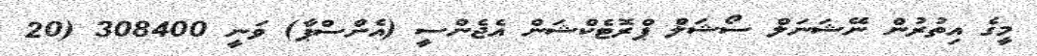
މީގެ އިތުރުން ނޭޝަނަލް ސޯޝަލް ޕްރޮޓެކްޝަން އެޖެންސީ (އެންސްޕާ) ވަނީ 308400 (20